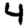
Digit: 4